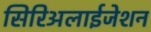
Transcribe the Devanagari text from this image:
सिरिअलाईजेशन